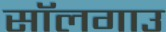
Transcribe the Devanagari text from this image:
सॉलगाउ